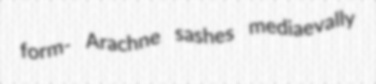
form- Arachne sashes mediaevally